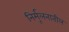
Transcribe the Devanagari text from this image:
निर्मूलनातील